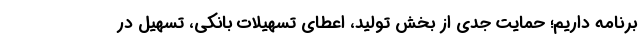
برنامه داریم؛ حمایت جدی از بخش تولید، اعطای تسهیلات بانکی، تسهیل در